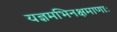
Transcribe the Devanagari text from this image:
यज्ञमभिनक्षमाणाः